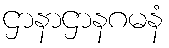
ဌာနာဌာနဂမနံ